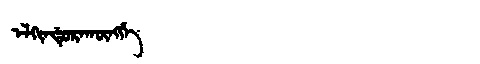
Manchu: ᡝᠯᡴᡳᠨᡩᡠᡵᠠᡴᡡᠩᡤᡝ
Romanization: ELKINDURAKŪNGGE